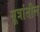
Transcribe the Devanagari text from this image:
सूत्रांतील